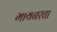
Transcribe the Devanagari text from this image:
मायनरचा